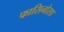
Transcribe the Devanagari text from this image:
फासिनोसा